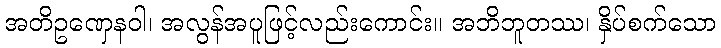
အတိဥဏှေနဝါ၊ အလွန်အပူဖြင့်လည်းကောင်း။ အဘိဘူတဿ၊ နှိပ်စက်သော